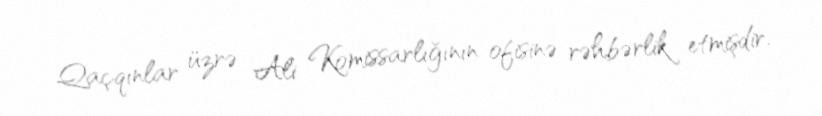
Qaçqınlar üzrə Ali Komissarlığının ofisinə rəhbərlik etmişdir.